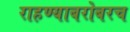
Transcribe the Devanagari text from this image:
राहण्याबरोबरच